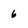
Character: 6